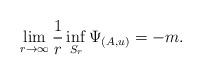
LaTeX: \begin{align*} \lim_{r \rightarrow \infty} \frac{1}{r} \inf_{S_r} \Psi_{(A,u)} = -m .\end{align*}